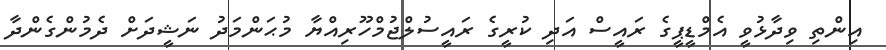
އިންތި ވިދާޅުވީ އެމްޑީޕީގެ ރައީސް އަދި ކުރީގެ ރައީސުލްޖުމްހޫރިއްޔާ މުޙަންމަދު ނަޝީދަށް ދެމުންގެންދާ